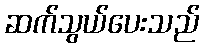
ဆက်သွယ်ပေးသည်